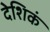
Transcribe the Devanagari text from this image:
देशिकं